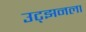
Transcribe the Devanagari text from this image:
उट्झनला